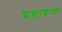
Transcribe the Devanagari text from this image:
शखाशायी